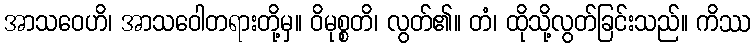
အာသဝေဟိ၊ အာသဝေါတရားတို့မှ။ ဝိမုစ္စတိ၊ လွတ်၏။ တံ၊ ထိုသို့လွတ်ခြင်းသည်။ ကိဿ